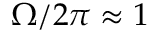
\Omega / 2 \pi \approx 1